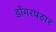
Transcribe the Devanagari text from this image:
डोंगरपठार